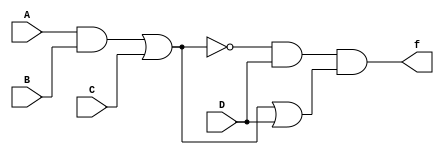
module p1(A,B,C,D,f);
input A,B,C,D;
output f;
and(k1,A,B);
or(k2,k1,C);
not(k3,k2);
and(k4,k3,D);
and(k5,A,B);
or(k6,k5,C);
or(k7,k6,D);
and(f,k4,k7);
endmodule